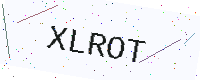
Text: XLROT